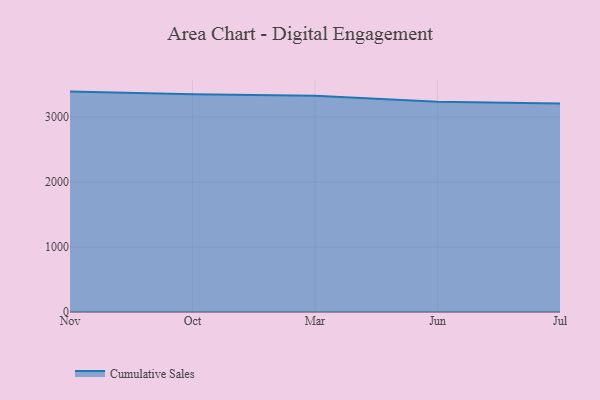
{"axis": {"x": "Month", "y": "Bounce Rate (%)"}, "legend": ["Cumulative Sales"], "data": [{"x": "Nov", "y": 3394.1, "type": "Cumulative Sales"}, {"x": "Oct", "y": 3352.7, "type": "Cumulative Sales"}, {"x": "Mar", "y": 3329.9, "type": "Cumulative Sales"}, {"x": "Jun", "y": 3238.8, "type": "Cumulative Sales"}, {"x": "Jul", "y": 3211.2, "type": "Cumulative Sales"}]}